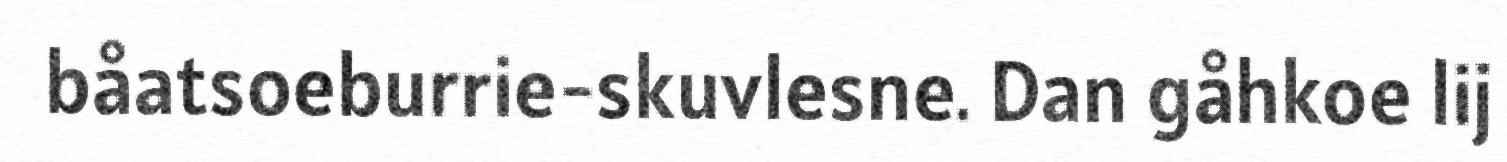
båatsoeburrie-skuvlesne. Dan gåhkoe lij